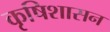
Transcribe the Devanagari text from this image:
कृषिशासन